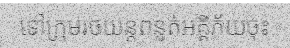
ទៅក្រុមរថយន្តពន្លត់អគ្គីភ័យចុះ